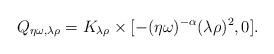
LaTeX: \begin{align*}Q_{\eta\omega, \lambda\rho} = K_{\lambda \rho} \times[-(\eta\omega)^{-\alpha}(\lambda\rho)^2, 0].\end{align*}